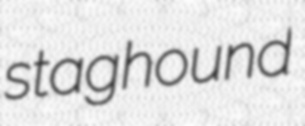
staghound